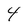
Character: 4